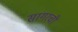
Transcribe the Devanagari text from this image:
सागरची